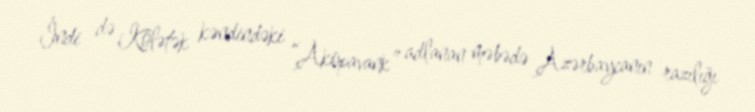
İndi də Kolətək kəndindəki “Akopavank” adlanan məbədə Azərbaycanın razılığı